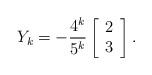
LaTeX: \begin{align*}Y_k=-\frac{4^k}{5^k}\left[\begin{array}{c}2\\3\end{array}\right].\end{align*}